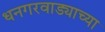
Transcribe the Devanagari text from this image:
धनगरवाड्याच्या